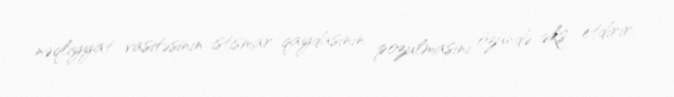
nəqliyyat vasitəsinin istismar qaydasının pozulmasını özündə əks etdirir.